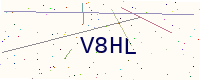
Text: V8HL